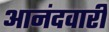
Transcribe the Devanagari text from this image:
आनंदवारी